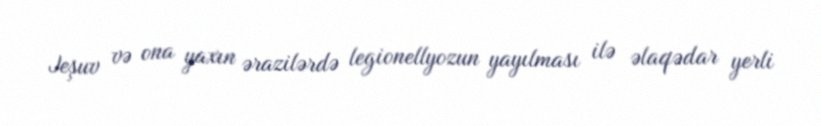
Jeşuv və ona yaxın ərazilərdə legionellyozun yayılması ilə əlaqədar yerli